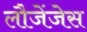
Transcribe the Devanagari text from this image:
लौजेंजेस